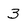
Character: 3